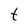
Character: t